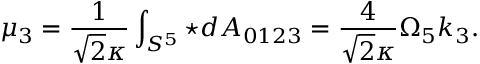
\mu _ { 3 } = \frac { 1 } { \sqrt { 2 } \kappa } \int _ { S ^ { 5 } } \star d A _ { 0 1 2 3 } = \frac { 4 } { \sqrt { 2 } \kappa } \Omega _ { 5 } k _ { 3 } .